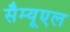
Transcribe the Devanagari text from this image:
सैम्यूएल